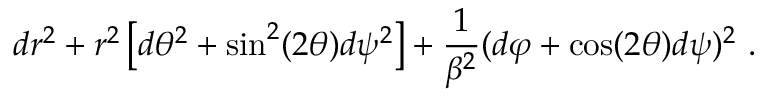
d r ^ { 2 } + r ^ { 2 } \left[ d \theta ^ { 2 } + \sin ^ { 2 } ( 2 \theta ) d \psi ^ { 2 } \right] + \frac { 1 } { \beta ^ { 2 } } ( d \varphi + \cos ( 2 \theta ) d \psi ) ^ { 2 } ~ .